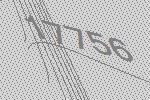
17756